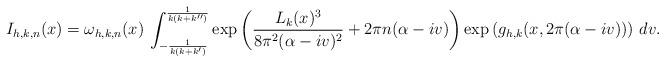
LaTeX: \begin{align*}I_{h,k,n}(x)=\omega_{h,k,n}(x) \,\int_{- \frac{1}{ k (k+ k')}}^{\frac{1}{ k(k+k'')}}\exp\left(\frac{ L_k(x)^3}{ 8 \pi^2 ( \alpha - iv)^2} + 2 \pi n ( \alpha - iv)\right)\exp\left(g_{h,k}(x, 2 \pi ( \alpha - iv)) \right) \, dv .\end{align*}